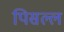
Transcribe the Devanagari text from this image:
पिसल्ल